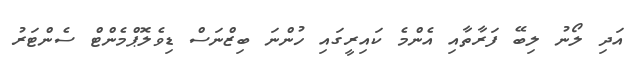
އަދި ލޯނު ލިބޭ ފަރާތާއި އެންމެ ކައިރީގައި ހުންނަ ބިޒްނަސް ޑިވެލޮޕްމެންޓް ސެންޓަރު